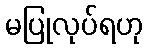
မပြုလုပ်ရဟု